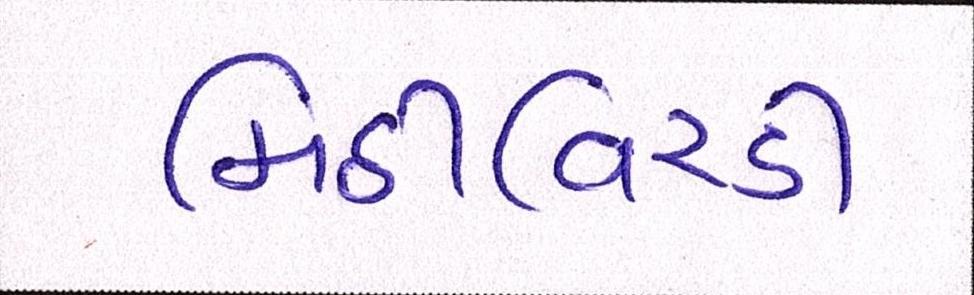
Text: મિઠીવિરડી